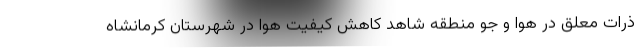
ذرات معلق در هوا و جو منطقه شاهد کاهش کیفیت هوا در شهرستان کرمانشاه